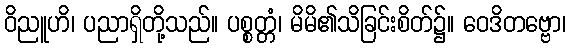
ဝိညူဟိ၊ ပညာရှိတို့သည်။ ပစ္စတ္တံ၊ မိမိ၏သိခြင်းစိတ်၌။ ဝေဒိတဗ္ဗော၊